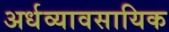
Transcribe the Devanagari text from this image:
अर्धव्यावसायिक